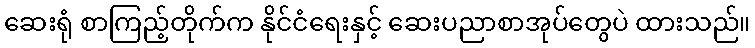
ဆေးရုံ စာကြည့်တိုက်က နိုင်ငံရေးနှင့် ဆေးပညာစာအုပ်တွေပဲ ထားသည်။